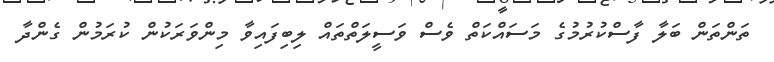
ތަންތަން ބަލާ ފާސްކުރުމުގެ މަސައްކަތް ވެސް ވަސީލަތްތައް ލިބިފައިވާ މިންވަރަކުން ކުރަމުން ގެންދާ